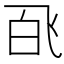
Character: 𬲉